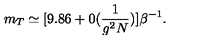
m _ { T } \simeq [ 9 . 8 6 + 0 ( \frac { 1 } { g ^ { 2 } N } ) ] \beta ^ { - 1 } .